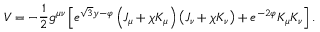
V = - \frac { 1 } { 2 } g ^ { \mu \nu } \left[ e ^ { \sqrt { 3 } y - \varphi } \left( J _ { \mu } + \chi K _ { \mu } \right) \left( J _ { \nu } + \chi K _ { \nu } \right) + e ^ { - 2 \varphi } K _ { \mu } K _ { \nu } \right] .